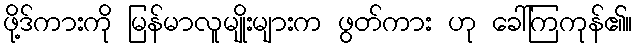
ဖို့ဒ်ကားကို မြန်မာလူမျိုးများက ဖွတ်ကား ဟု ခေါ်ကြကုန်၏။